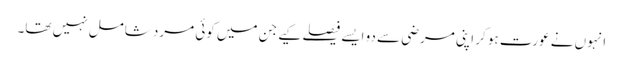
انہوں نے عورت ہو کر اپنی مرضی سے دو ایسے فیصلے کیے جن میں کوئی مرد شامل نہیں تھا۔